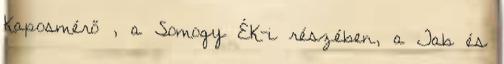
Kaposmérő , a Somogy ÉK-i részében, a Tab és